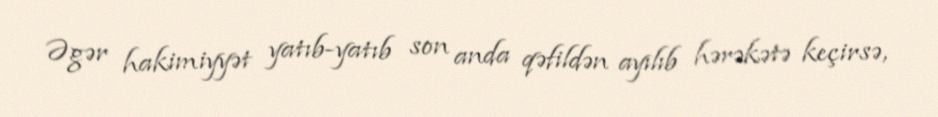
Əgər hakimiyyət yatıb-yatıb son anda qəfildən ayılıb hərəkətə keçirsə,